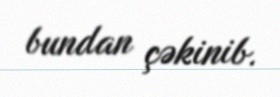
bundan çəkinib.